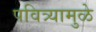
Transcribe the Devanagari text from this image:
पवित्र्यामुळे